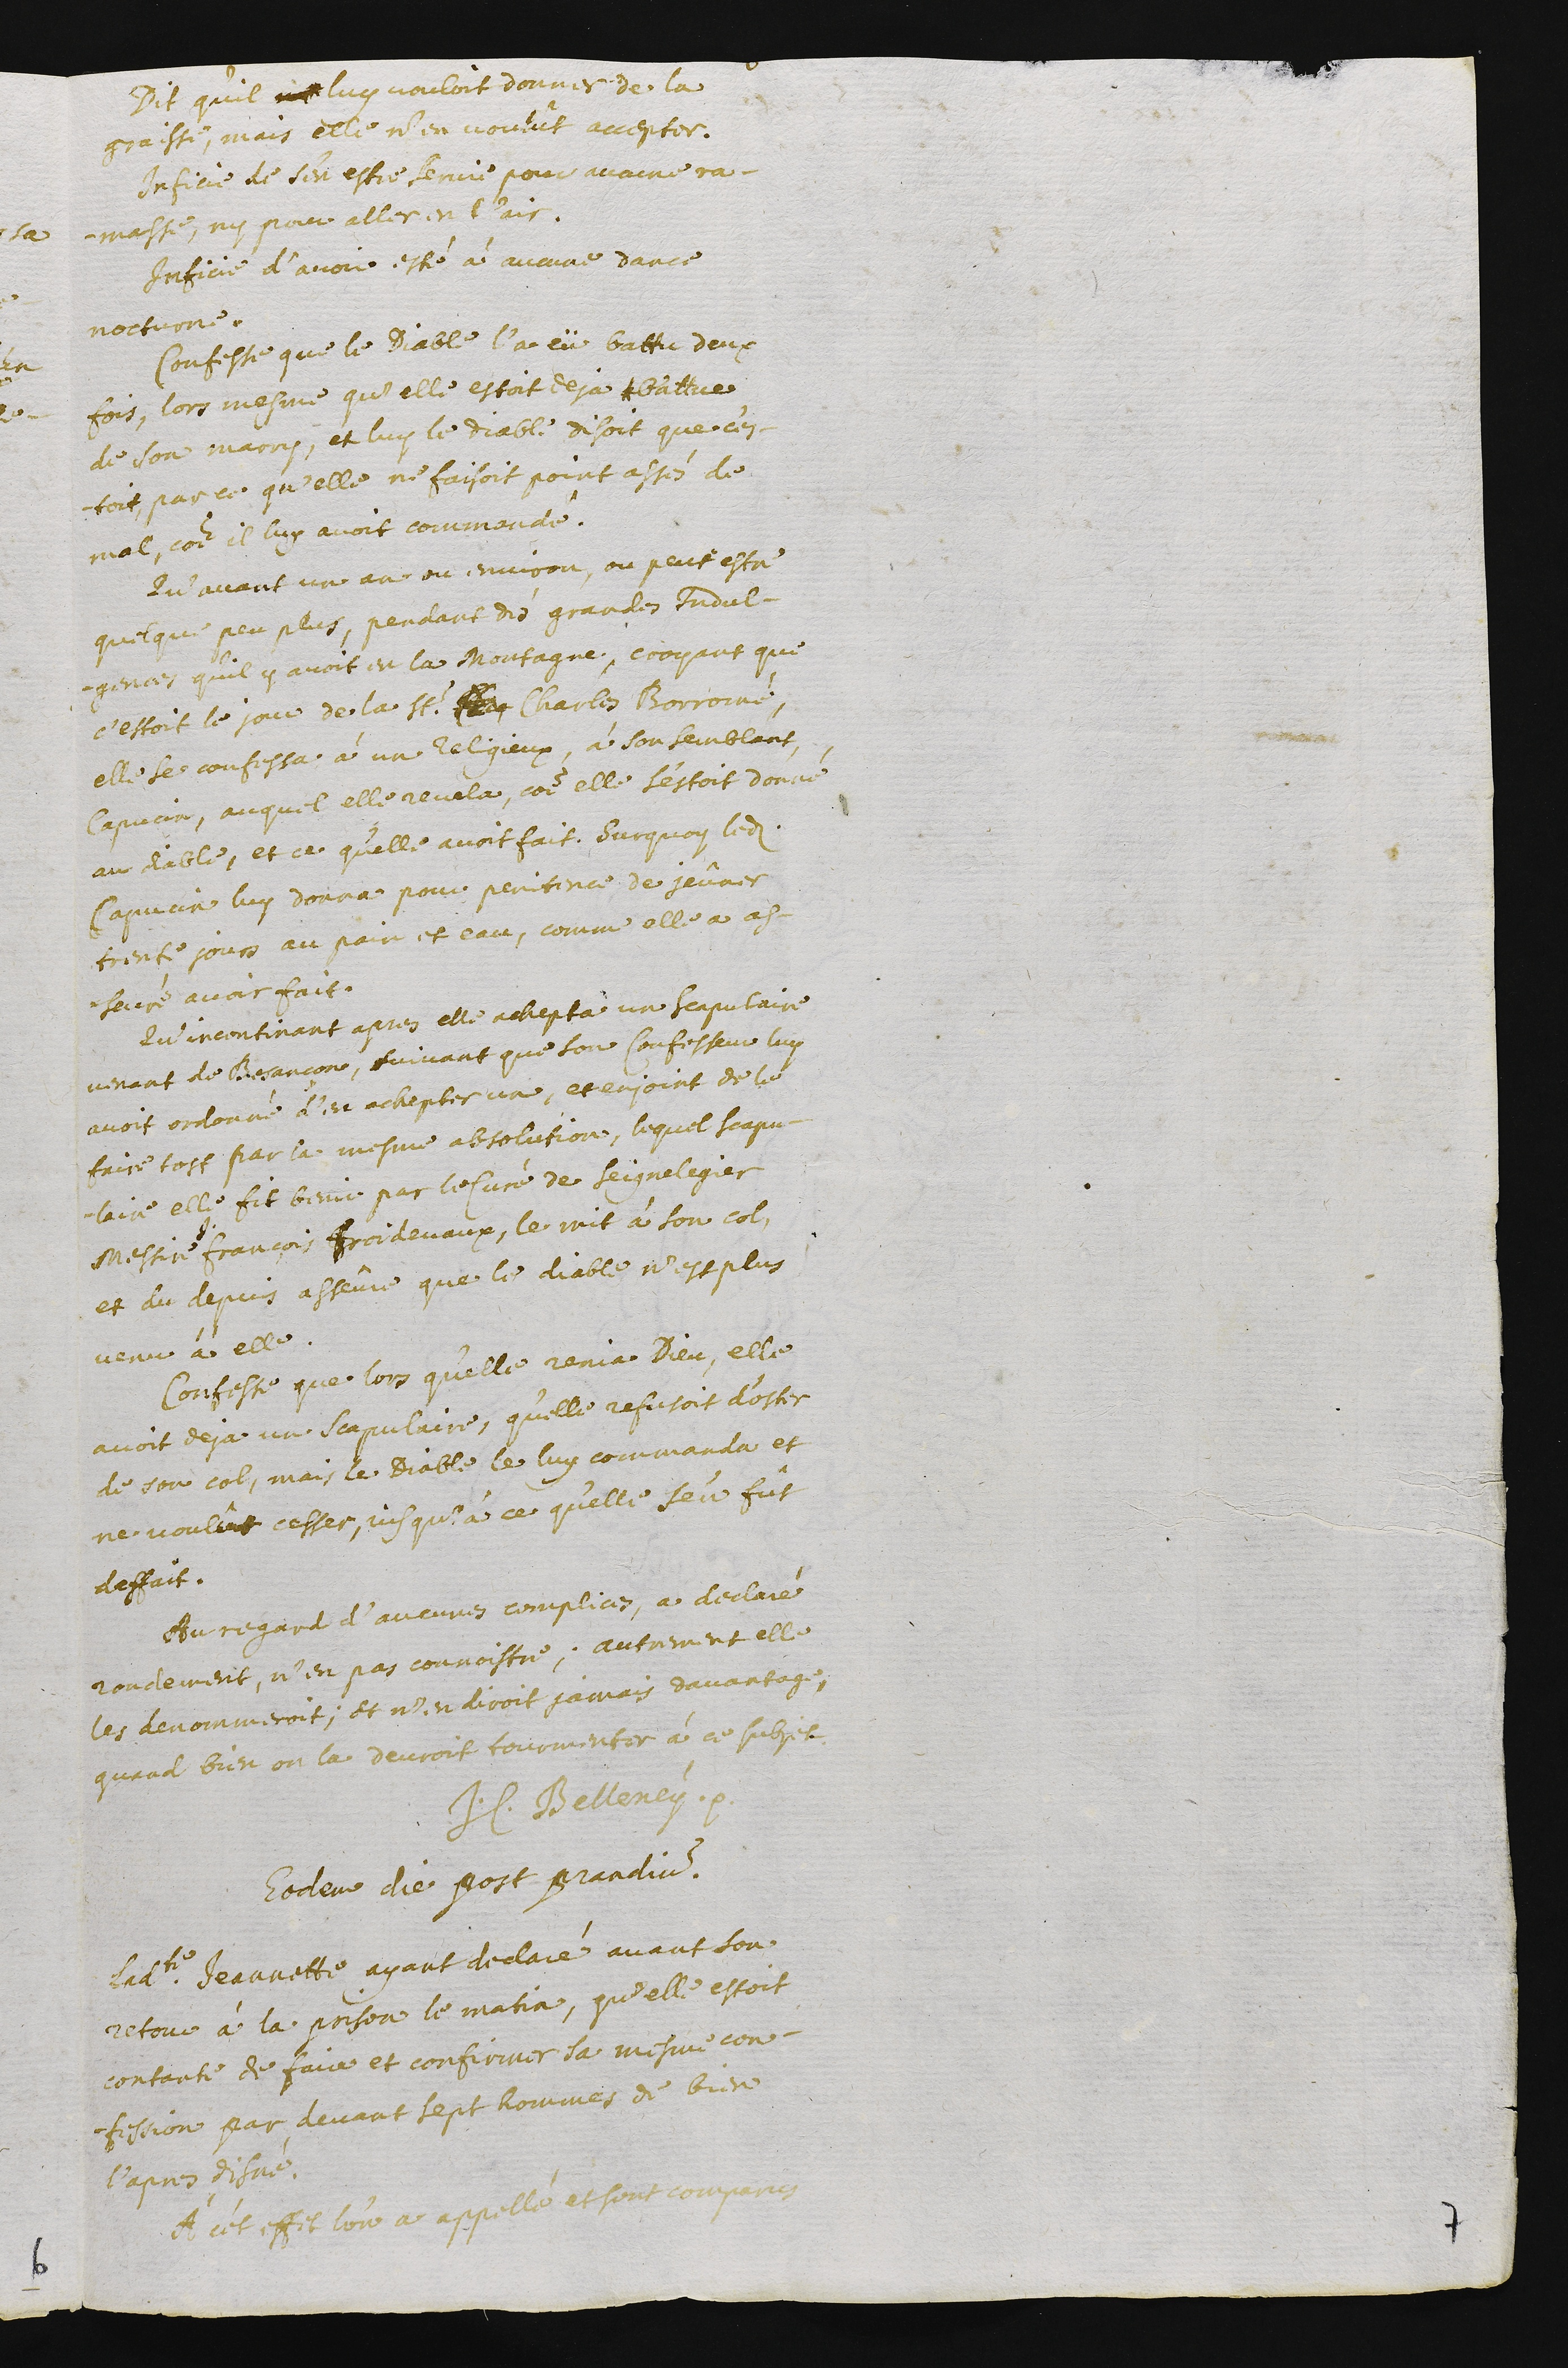
Dit qu’il ?? luy vouloit donner de la
graisse, mais elle n’en voulut accepter.
Inficie de s’en estre servie pour aucune ra-
masse, ny pour aller en l’air.
Inficie d’avoir esté à aucune dance
nocturne.
Confesse que le Diable l’a eü battu deux
fois, lors mesme qu’elle estoit deja battue
de son marry, et luy le diable disoit que c’es-
toit par ce qu’elle ne faisoit point assés de
mal, comme il luy avoit commandé.
Qu’avant un an ou environ, ou peut estre
quelque peu plus, pendant dés grandes indul-
gences qu’il y avoit en la Montagne, croyant que
c’estoit le jour de la St. C?? Charles Borromé,
elle se confessa à un religieux, à son semblant,
capucin, auquel elle revela, comme elle s’estoit donné
au diable, et ce qu’elle avoit fait. Sur quoy ledit
capucin luy donna pour penitence de jeûner
trente jours au pain et eau, comme elle a as-
seuré avoir fait.
Qu’incontinant apres elle achepta un scapulaire
venant de Besançon, suivant que son confesseur luy
avoit ordonné d’en achepter un, et enjoint de le
faire tost par la mesme absolution, lequel scapu-
lain elle fit benir par le curé de Seignelegier
messire François Froidevaux, le mit à son col,
et du depuis asseûre que le diable n’est plus
venu à elle.
Confesse que lors qu’elle renia Dieu, elle
avoit deja un scapulaire, qu’elle refusoit d’oster
de son col, mais le Diable le luy commanda et
ne voulût cesser, jusqu’à ce qu’elle s’en fût
deffait.
Au regard d’aucunes complices, a declaré
rondement, n’en pas connoistre, autrement elle
les denommeroit, et n’en diroit jamais davantage,
quand bien on la devroit tourmenter à ce subjet
J.C. Belleney
Eodem die post prandium.
Ladite Jeannette ayant declaré avant son
retour à la prison le matin, qu’elle estoit
contante de faire et confirmer sa mesme con-
fession par devant sept hommes de bien
l’apres disné.
À cet effet l’on a appellé et sont comparu